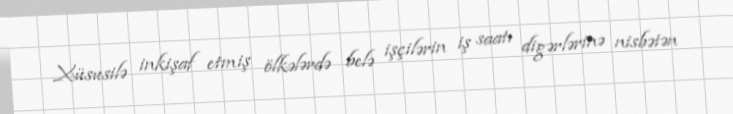
Xüsusilə inkişaf etmiş ölkələrdə belə işçilərin iş saatı digərlərinə nisbətən